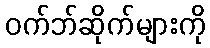
ဝက်ဘ်ဆိုက်များကို